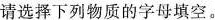
请选择下列物质的字母填空。